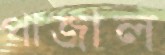
পাজাল